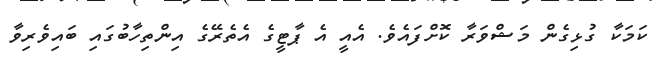
ކަމަކާ ގުޅިގެން މަޝްވަރާ ކޮށްފައެވެ. އެއީ އެ ޕާޓީގެ އެތެރޭގެ އިންތިހާބުގައި ބައިވެރިވާ